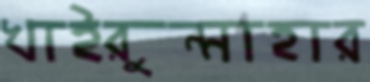
খাইরুন্নাহার